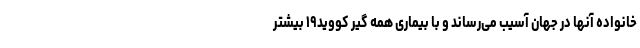
خانواده آنها در جهان آسیب می‌رساند و با بیماری همه گیر کووید۱۹ بیشتر